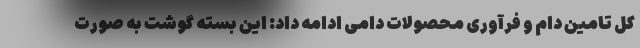
کل تامین دام و فرآوری محصولات دامی ادامه داد: این بسته گوشت به صورت